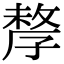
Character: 孷